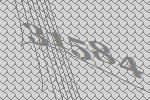
31584